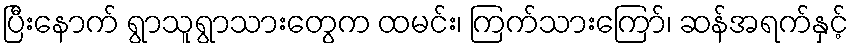
ပြီးနောက် ရွာသူရွာသားတွေက ထမင်း၊ ကြက်သားကြော်၊ ဆန်အရက်နှင့်